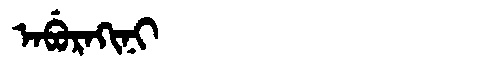
Manchu: ᠠᠪᡠᡵᠠᡴᡳᠨᡳ
Romanization: ABURAKINI